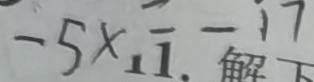
- 5 x = - 1 7